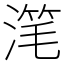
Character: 滗